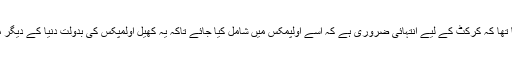
رمیز راجہ کا اس حوالے سے کہنا تھا کہ کرکٹ کے لیے انتہائی ضروری ہے کہ اسے اولپمکس میں شامل کیا جائے تاکہ یہ کھیل اولمپکس کی بدولت دنیا کے دیگر ممالک میں بھی متعارف ہو سکے۔